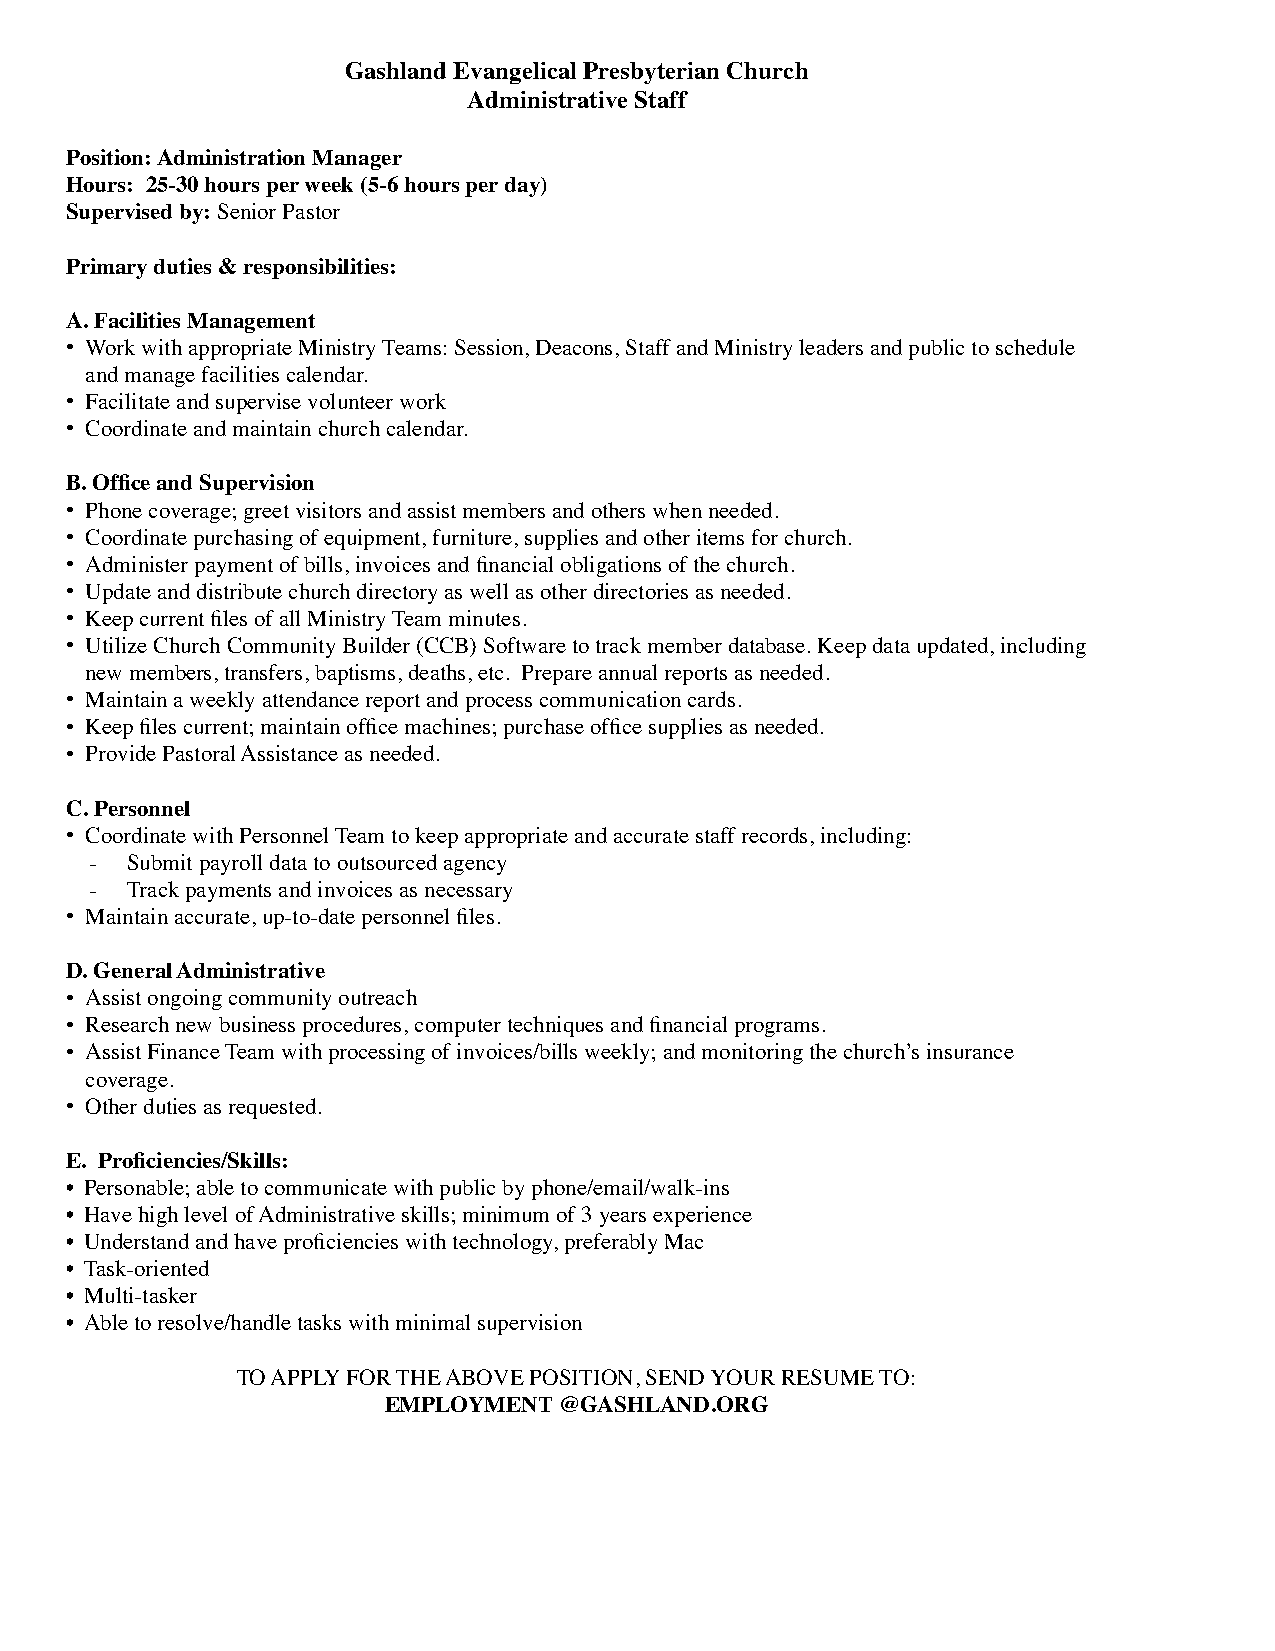
Gashland Evangelical Presbyterian Church
 Administrative Staff
 Position: Administration Manager
 Hours: 25-30 hours per week (5-6 hours per day)
 Supervised by: Senior Pastor
 Primary duties & responsibilities:
 A. Facilities Management
 • Work with appropriate Ministry Teams: Session, Deacons, Staff and Ministry leaders and public to schedule
 and manage facilities calendar.
 • Facilitate and supervise volunteer work
 • Coordinate and maintain church calendar.
 B. Office and Supervision
 • Phone coverage; greet visitors and assist members and others when needed.
 • Coordinate purchasing of equipment, furniture, supplies and other items for church.
 • Administer payment of bills, invoices and financial obligations of the church.
 • Update and distribute church directory as well as other directories as needed.
 • Keep current files of all Ministry Team minutes.
 • Utilize Church Community Builder (CCB) Software to track member database. Keep data updated, including
 new members, transfers, baptisms, deaths, etc. Prepare annual reports as needed.
 • Maintain a weekly attendance report and process communication cards.
 • Keep files current; maintain office machines; purchase office supplies as needed.
 • Provide Pastoral Assistance as needed.
 C. Personnel
 • Coordinate with Personnel Team to keep appropriate and accurate staff records, including:
 - Submit payroll data to outsourced agency
 - Track payments and invoices as necessary
 • Maintain accurate, up-to-date personnel files.
 D. General Administrative
 • Assist ongoing community outreach
 • Research new business procedures, computer techniques and financial programs.
 • Assist Finance Team with processing of invoices/bills weekly; and monitoring the church’s insurance
 coverage.
 • Other duties as requested.
 E. Proficiencies/Skills:
 • Personable; able to communicate with public by phone/email/walk-ins
 • Have high level of Administrative skills; minimum of 3 years experience
 • Understand and have proficiencies with technology, preferably Mac
 • Task-oriented
 • Multi-tasker
 • Able to resolve/handle tasks with minimal supervision
 TO APPLY FOR THE ABOVE POSITION, SEND YOUR RESUME TO:
 EMPLOYMENT  @GASHLAND.ORG